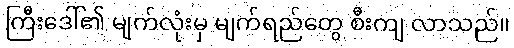
ကြီးဒေါ်၏ မျက်လုံးမှ မျက်ရည်တွေ စီးကျ လာသည်။